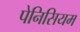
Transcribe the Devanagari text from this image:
पेनिसियम